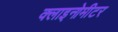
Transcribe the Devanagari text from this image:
क्लाइनोमीटर